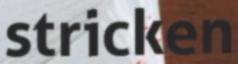
stricken